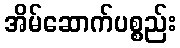
အိမ်ဆောက်ပစ္စည်း